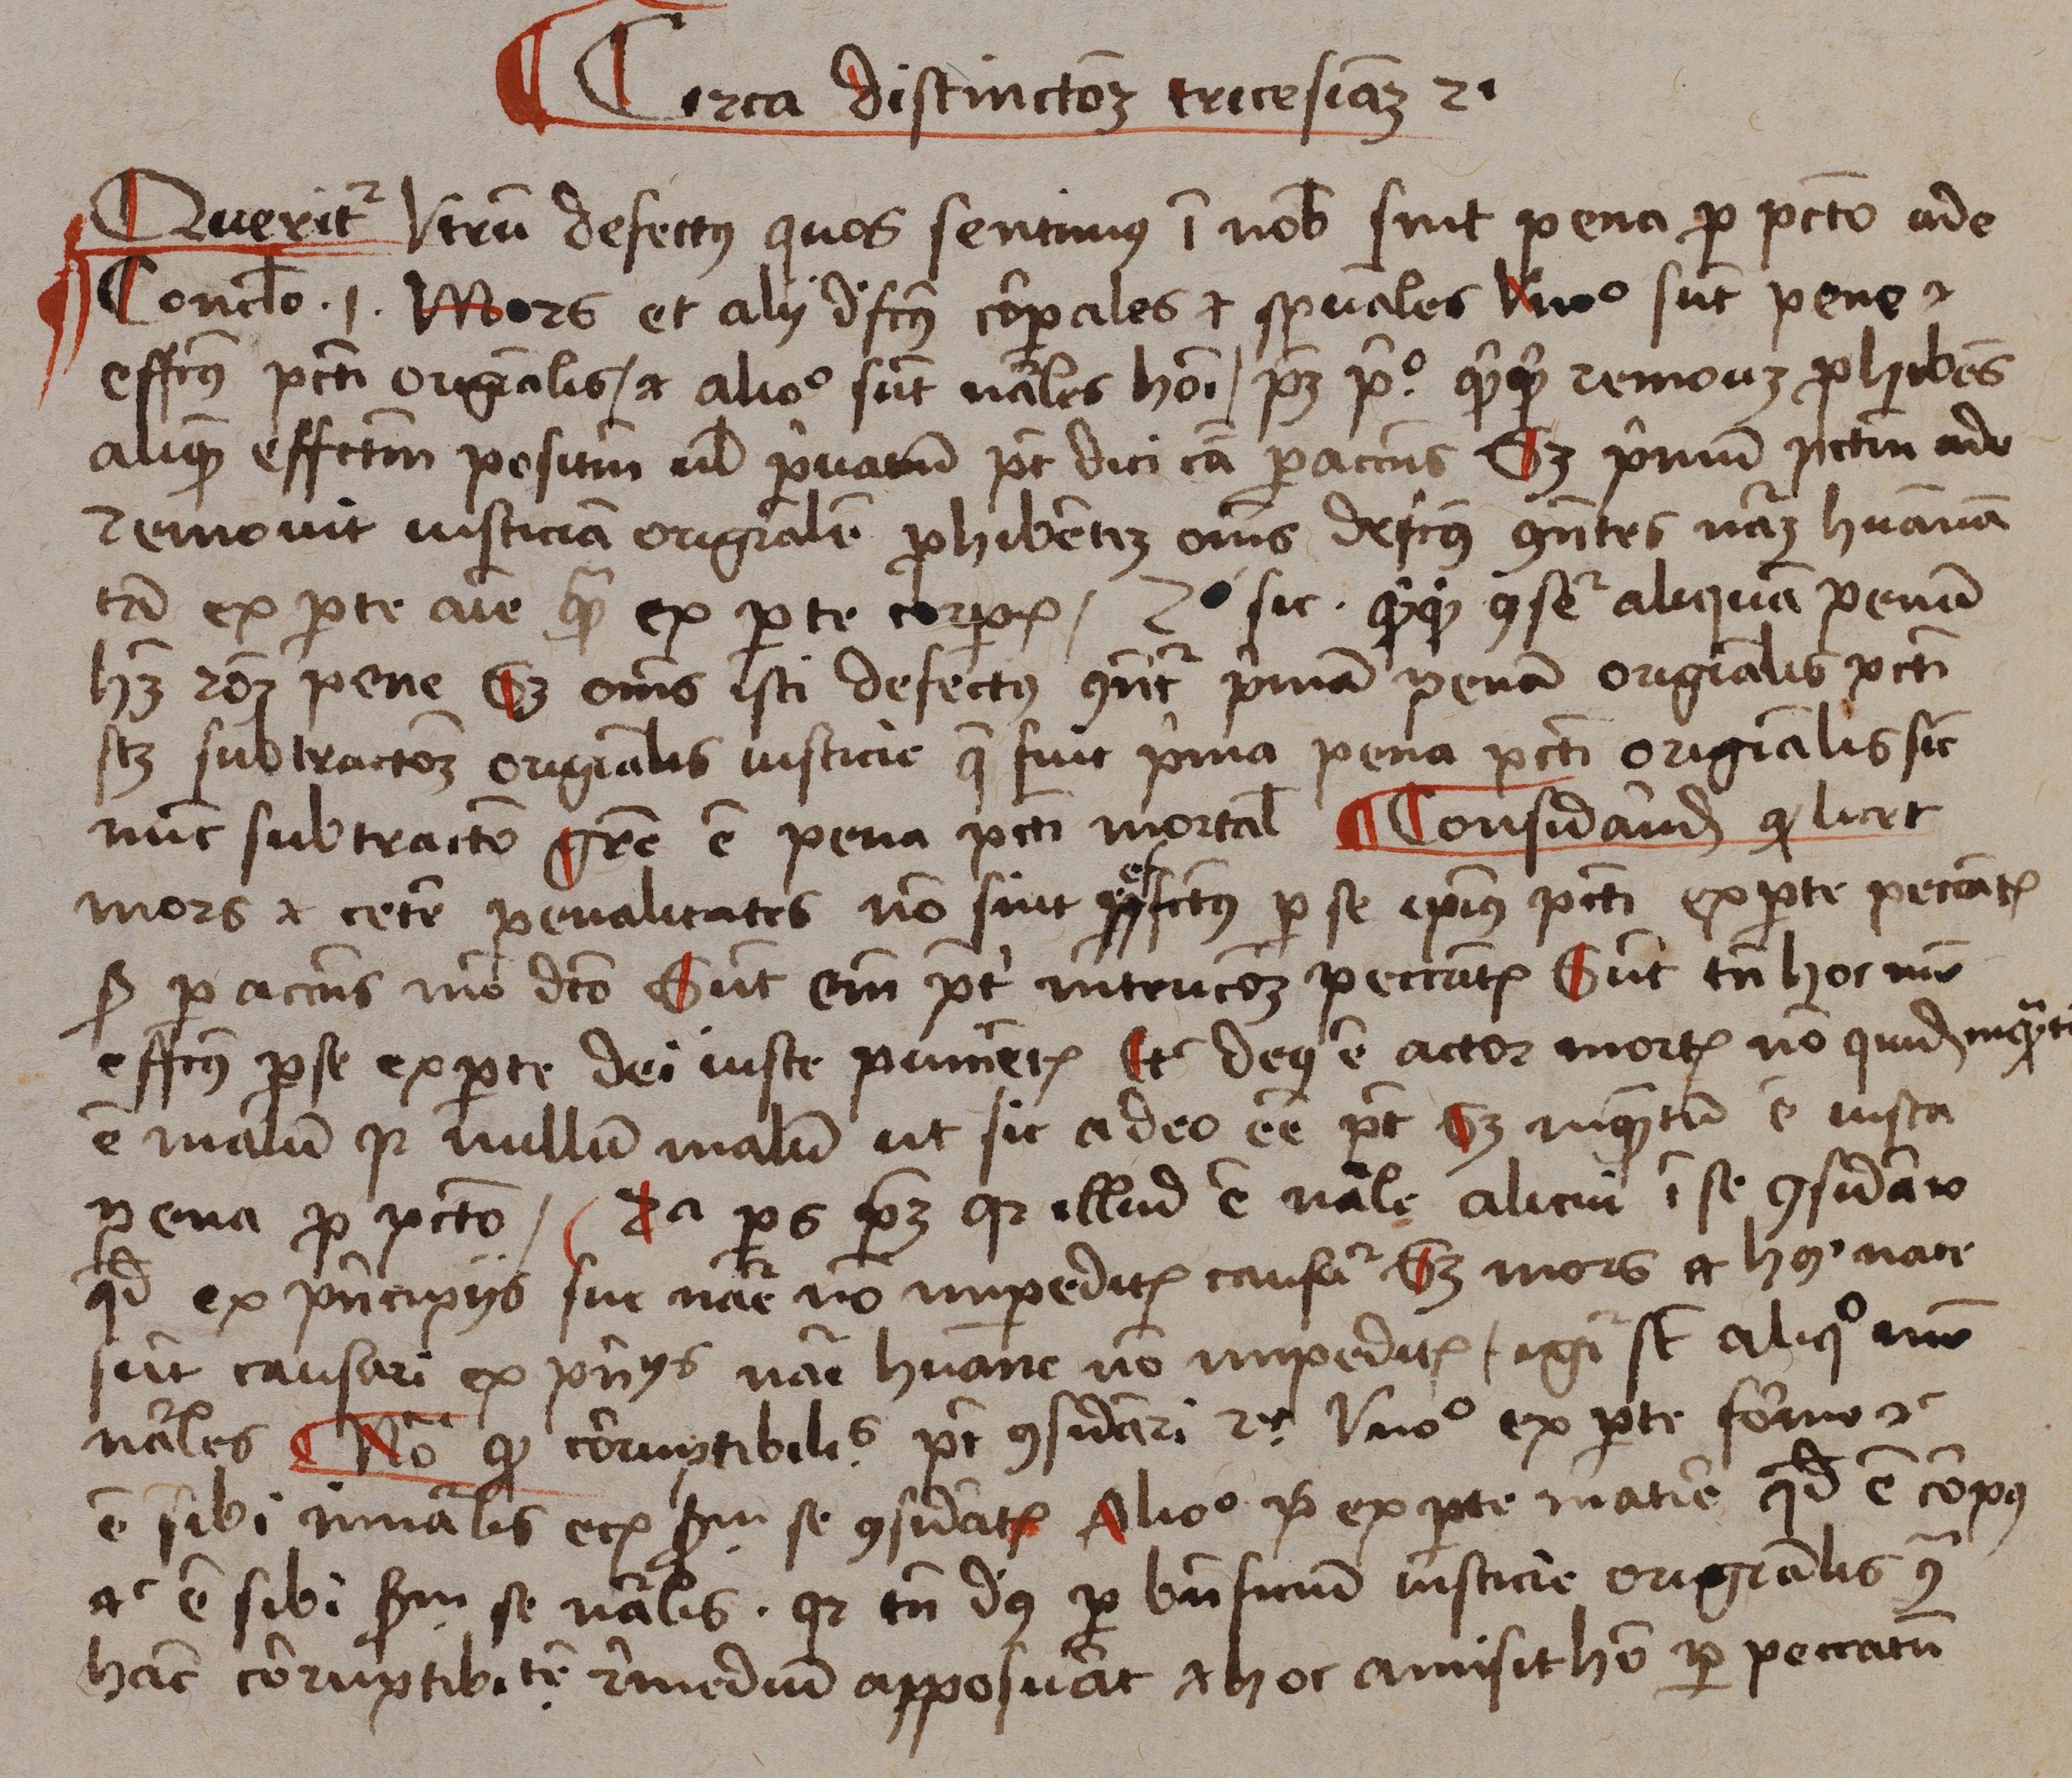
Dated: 1488–1488